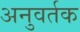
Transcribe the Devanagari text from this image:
अनुवर्तक